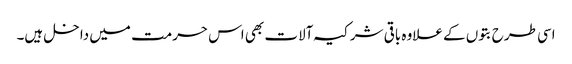
اسی طرح بتوں کے علاوہ باقی شرکیہ آلات بھی اس حرمت میں داخل ہیں۔